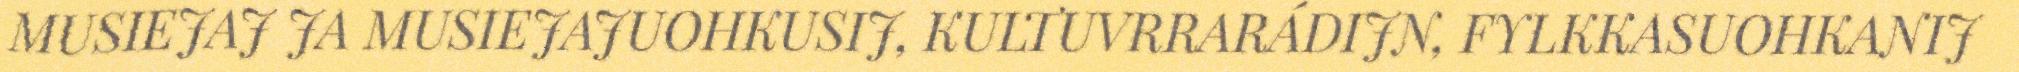
MUSIEJAJ JA MUSIEJAJUOHKUSIJ, KULTUVRRARÁDIJN, FYLKKASUOHKANIJ